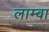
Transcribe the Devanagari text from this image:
लाम्वा